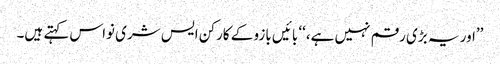
’’اور یہ بڑی رقم نہیں ہے،‘‘ بائیں بازو کے کارکن ایس شری نواس کہتے ہیں۔